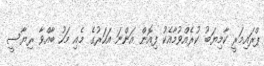
ޕްރައިމަރީ ކާމިޔަބު ކުރެއްވުމާއެކު ފިއޮން އަންނަ އަހަރުގެ މެއި މަހު ބާއްވާ ރިޔާސީ